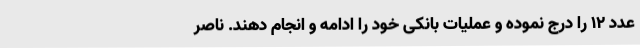
عدد ۱۲ را درج نموده و عملیات بانکی خود را ادامه و انجام دهند. ناصر